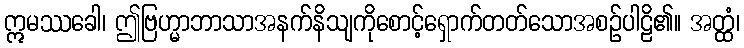
ဣမဿခေါ၊ ဤဗြဟ္မာဘာသာအနက်နိသျကိုစောင့်ရှောက်တတ်သောအစဉ်ပါဠိ၏။ အတ္ထံ၊